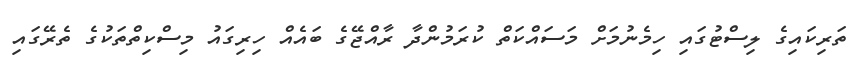
ތަރިކައިގެ ލިސްޓުގައި ހިމެނުމަށް މަސައްކަތް ކުރަމުންދާ ރާއްޖޭގެ ބައެއް ހިރިގައު މިސްކިތްތަކުގެ ތެރޭގައި